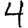
Digit: 4